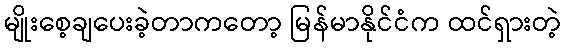
မျိုးစေ့ချပေးခဲ့တာကတော့ မြန်မာနိုင်ငံက ထင်ရှားတဲ့